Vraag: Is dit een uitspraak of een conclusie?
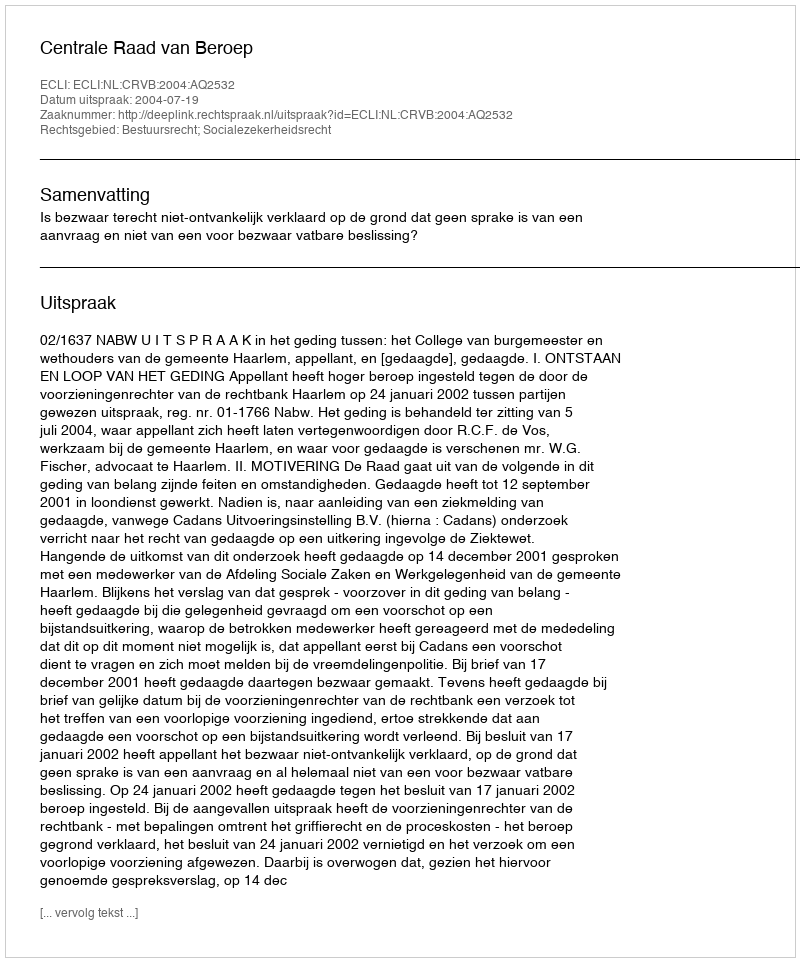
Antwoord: Uitspraak